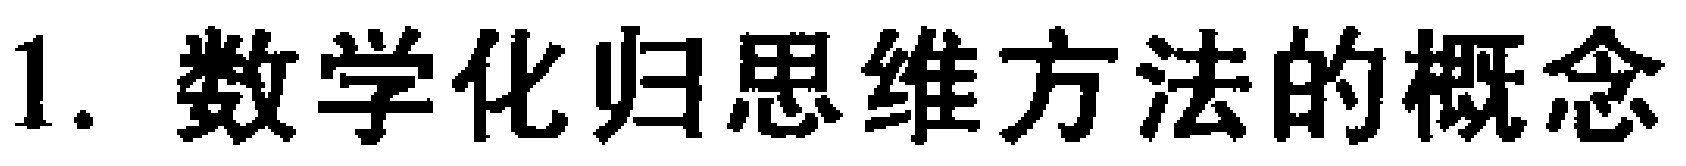
1. 数学化归思维方法的概念